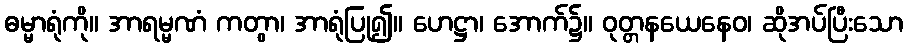
ဓမ္မာရုံကို။ အာရမ္မဏံ ကတွာ၊ အာရုံပြု၍။ ဟေဋ္ဌာ၊ အောက်၌။ ဝုတ္တနယေနေဝ၊ ဆိုအပ်ပြီးသော